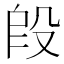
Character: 𬆣